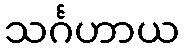
သင်္ဂဟာယ